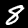
Digit: 8